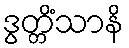
ဒွတ္တိံသာနိ